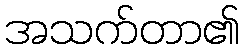
အသက်တာ၏